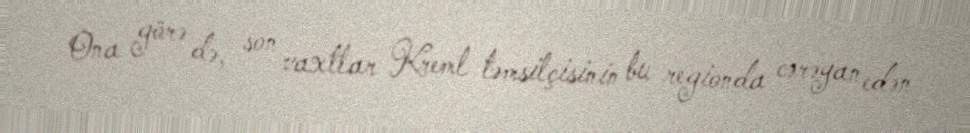
Ona görə də, son vaxtlar Kreml təmsilçisinin bu regionda cərəyan edən